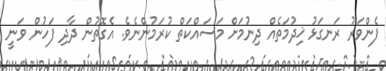
ފެންވަރު ރަނގަޅު ޚިދުމަތެއް ދިނުމަށް މަސައްކަތް ކުރަމުންނެވެ. އެގޮތުން ދާދި ފަހުން ވަނީ